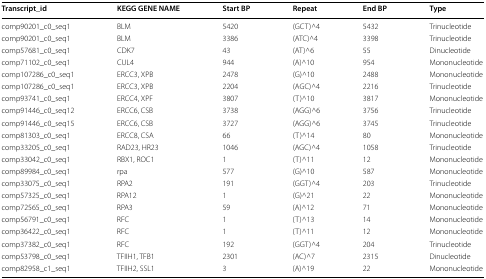
| Transcript_id | KEGG GENE NAME | Start BP | Repeat | End BP | Type |
 | --- | --- | --- | --- | --- | --- |
 | comp90201_c0_seq1 | BLM | 5420 | (GCT)^4 | 5432 | Trinucleotide |
 | comp90201_c0_seq1 | BLM | 3386 | (ATC)^4 | 3398 | Trinucleotide |
 | comp57681_c0_seq1 | CDK7 | 43 | (AT)^6 | 55 | Dinucleotide |
 | comp71102_c0_seq1 | CUL4 | 944 | (A)^10 | 954 | Mononucleotide |
 | comp107286_c0_seq1 | ERCC3, XPB | 2478 | (G)^10 | 2488 | Mononucleotide |
 | comp107286_c0_seq1 | ERCC3, XPB | 2204 | (AGC)^4 | 2216 | Trinucleotide |
 | comp93741_c0_seq1 | ERCC4, XPF | 3807 | (T)^10 | 3817 | Mononucleotide |
 | comp91446_c0_seq12 | ERCC6, CSB | 3738 | (AGG)^6 | 3756 | Trinucleotide |
 | comp91446_c0_seq15 | ERCC6, CSB | 3727 | (AGG)^6 | 3745 | Trinucleotide |
 | comp81303_c0_seq1 | ERCC8, CSA | 66 | (T)^14 | 80 | Mononucleotide |
 | comp33205_c0_seq1 | RAD23, HR23 | 1046 | (AGC)^4 | 1058 | Trinucleotide |
 | comp33042_c0_seq1 | RBX1, ROC1 | 1 | (T)^11 | 12 | Mononucleotide |
 | comp89984_c0_seq1 | rpa | 577 | (G)^10 | 587 | Mononucleotide |
 | comp33075_c0_seq1 | RPA2 | 191 | (GGT)^4 | 203 | Trinucleotide |
 | comp57325_c0_seq1 | RPA12 | 1 | (G)^21 | 22 | Mononucleotide |
 | comp72565_c0_seq1 | RPA3 | 59 | (A)^12 | 71 | Mononucleotide |
 | comp56791_c0_seq1 | RFC | 1 | (T)^13 | 14 | Mononucleotide |
 | comp36422_c0_seq1 | RFC | 1 | (T)^11 | 12 | Mononucleotide |
 | comp37382_c0_seq1 | RFC | 192 | (GGT)^4 | 204 | Trinucleotide |
 | comp53798_c0_seq1 | TFIIH1, TFB1 | 2301 | (AC)^7 | 2315 | Dinucleotide |
 | comp82958_c1_seq1 | TFIIH2, SSL1 | 3 | (A)^19 | 22 | Mononucleotide |